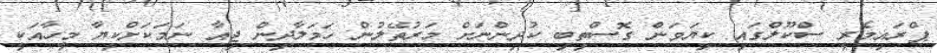
ޕްރައިމެރީ ސްކޫލްގައި ކިޔަވަން ގޮސްތިބި ކުދިންނަށް މަރުތޭލުން ހަމަލާދިން ޖިއާ ނަމަކަށްކިޔާ މީހާއަކީ